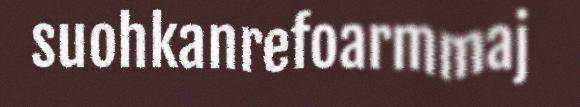
suohkanrefoarmmaj